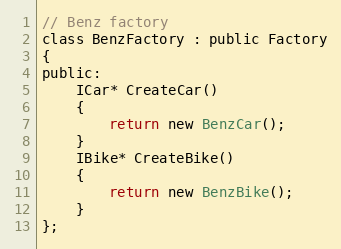
Language: C
// Benz factory
class BenzFactory : public Factory
{
public:
    ICar* CreateCar()
    {
        return new BenzCar();
    }
    IBike* CreateBike()
    {
        return new BenzBike();
    }
};